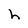
Character: h